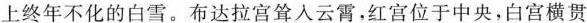
上终年不化的白雪。布达拉宫耸入云霄，红宫位于中央，白宫横贯